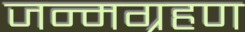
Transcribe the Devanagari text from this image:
जन्मग्रहण